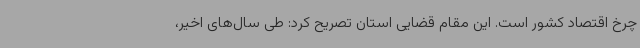
چرخ اقتصاد کشور است. این مقام قضایی استان تصریح کرد: طی سال‌های اخیر،